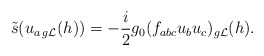
\begin{align*}\tilde s(u_{a\,{g{\cal L}}}(h))=-\frac{i}{2}g_0(f_{abc}u_b u_c)_{g{\cal L}}(h).\end{align*}